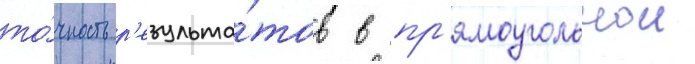
то́чность р'езульта́тов в пр'ямоугольнои